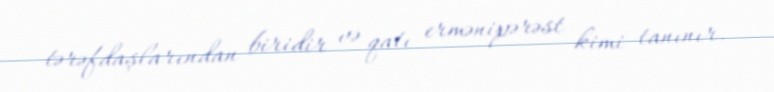
tərəfdaşlarından biridir və qatı ermənipərəst kimi tanınır.